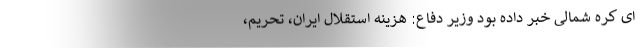
ای کره شمالی خبر داده بود وزیر دفاع: هزینه استقلال ایران، تحریم،